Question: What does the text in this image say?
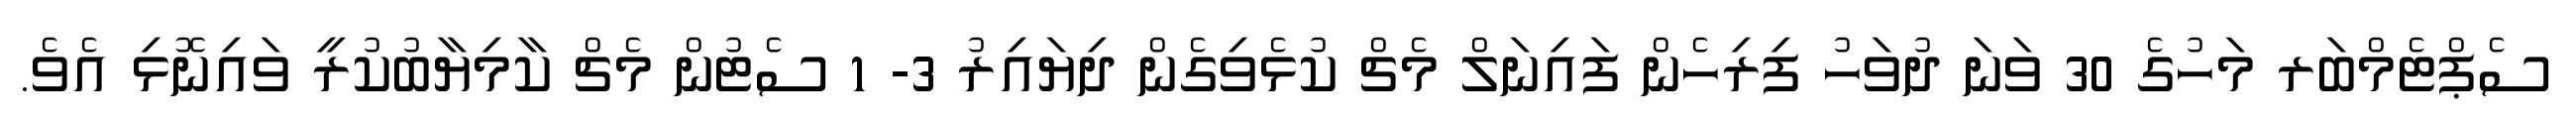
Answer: ސެޕްޓެމްބަރ މަހުގެ 30 ވަނަ ދުވަހު ފިރިހެން ފައިނަލް މެޗް ކުޅެވިގެން ދިޔައިރު 3- 1 ސެޓުން މެޗް ކާމިޔާބުކުރީ ވައިނޮޅި އެވެ.